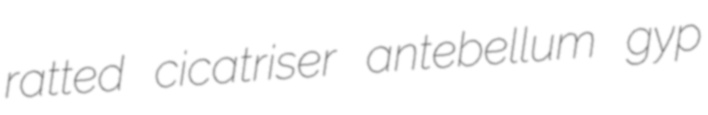
ratted cicatriser antebellum gyp